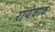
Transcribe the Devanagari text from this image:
रायेवाक